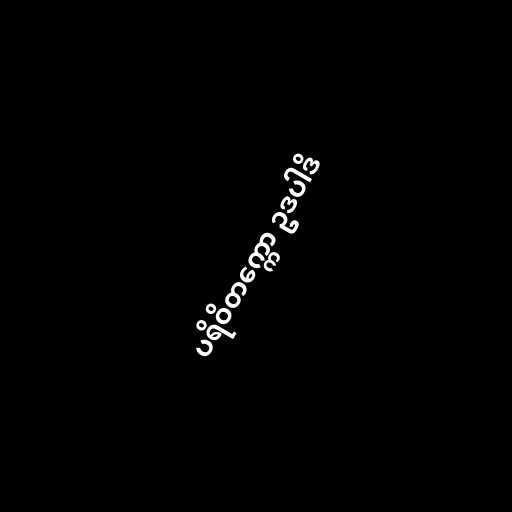
ပရိဝိတက္ကော ဥဒပါဒိ